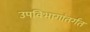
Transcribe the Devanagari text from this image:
उपविभागांतर्गत